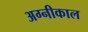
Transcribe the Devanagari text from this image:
अग्नीकाल